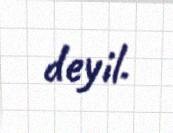
deyil.